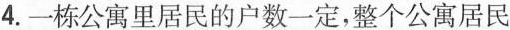
4.一栋公寓里居民的户数一定，整个公寓居民